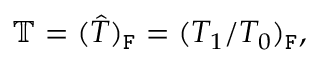
\mathbb { T } = ( \hat { T } ) _ { \mathtt { F } } = ( T _ { 1 } / T _ { 0 } ) _ { \mathtt { F } } ,